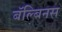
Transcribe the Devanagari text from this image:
बॅल्बिनस